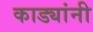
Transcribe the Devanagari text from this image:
काड्यांनी